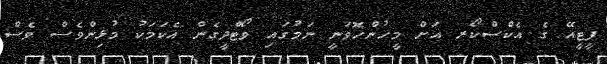
ޕީޓީއޭ ގެ އެކްސްކޯރ އަށް މީހުންހޮވަނީ ނަމުގައި ވޯޓްދީގެން އެކަމަކު މުޅިންވެސް ވެސް